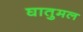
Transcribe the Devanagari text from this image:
घातुमल